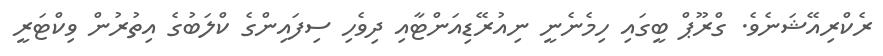
ރެކްރިއޭޝަނެވެ. ގްރޫޕް ބީގައި ހިމެނެނީ ނިއުރޭޑިއަންޓާއި ދިވެހި ސިފައިންގެ ކްލަބުގެ އިތުރުން ވިކްޓަރީ